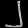
Digit: ၂